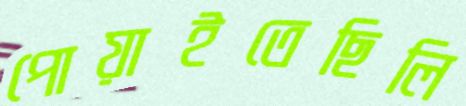
পোয়াইতেছিলি